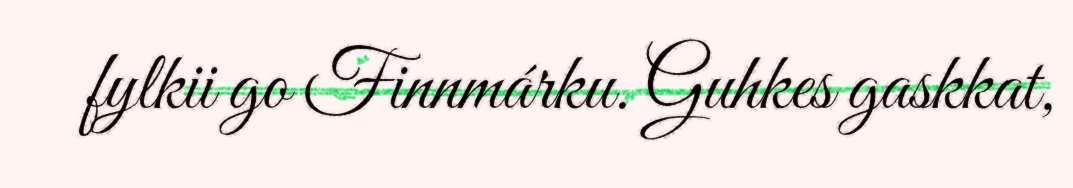
fylkii go Finnmárku. Guhkes gaskkat,